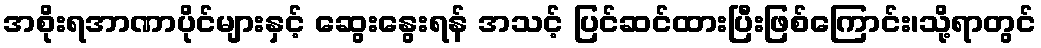
အစိုးရအာဏာပိုင်များနှင့် ဆွေးနွေးရန် အသင့် ပြင်ဆင်ထားပြီးဖြစ်ကြောင်း၊သို့ရာတွင်